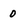
Character: 0